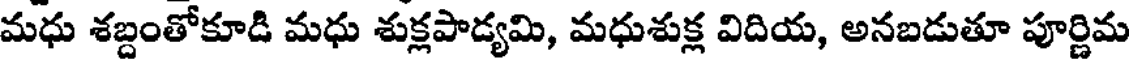
మధు శబ్దంతోకూడి మధు శుక్లపాడ్యమి, మధుశుక్ల విదియ, అనబడుతూ పూర్ణిమ